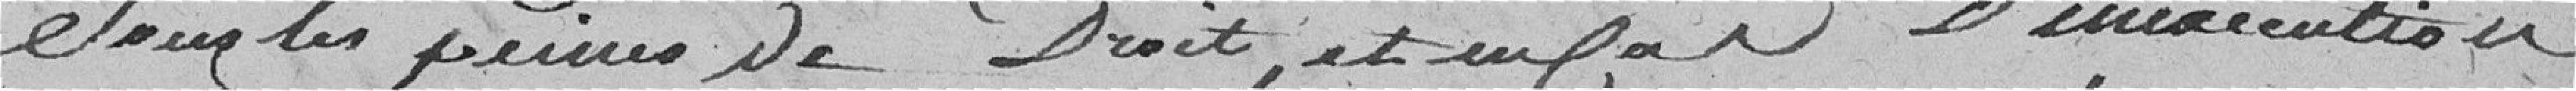
Sous les peines de Droit, et en cas D'inéxécution